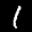
Label: 1